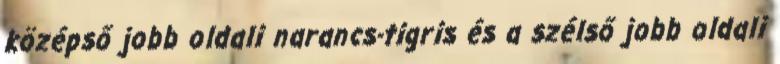
középső jobb oldali narancs-tigris és a szélső jobb oldali